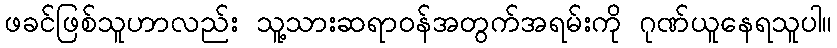
ဖခင်ဖြစ်သူဟာလည်း သူ့သားဆရာဝန်အတွက်အရမ်းကို ဂုဏ်ယူနေရသူပါ။